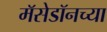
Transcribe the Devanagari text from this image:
मॅसेडॉनच्या